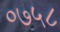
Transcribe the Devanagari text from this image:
०७५८